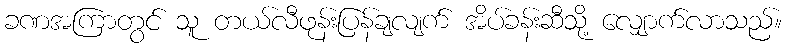
ခဏအကြာတွင် သူ တယ်လီဖုန်းပြန်ချလျက် အိပ်ခန်းဆီသို့ လျှောက်လာသည်။